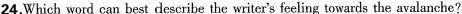
24.Which word can best deseribe the writer's feeling towards the avalanche?